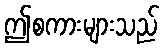
ဤစကားများသည်